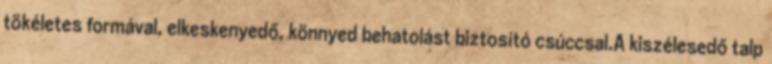
tökéletes formával, elkeskenyedő, könnyed behatolást biztosító csúccsal.A kiszélesedő talp